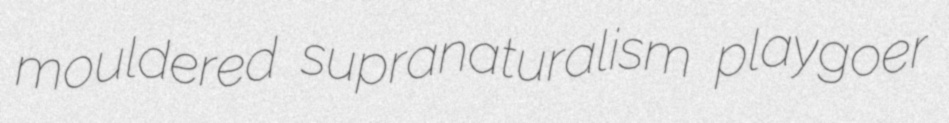
mouldered supranaturalism playgoer